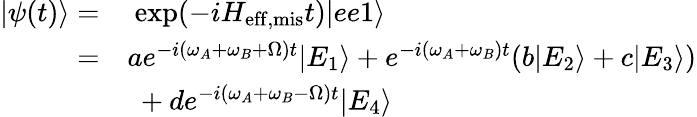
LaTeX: \begin{array}{rl}{|\psi(t)\rangle=}&{~\mathrm{exp}(-iH_{\mathrm{eff,mis}}t)|ee1\rangle}\\ {=}&{ae^{-i(\omega_{A}+\omega_{B}+\Omega)t}|E_{1}\rangle+e^{-i(\omega_{A}+\omega_{B})t}(b|E_{2}\rangle+c|E_{3}\rangle)}\\ &{~+de^{-i(\omega_{A}+\omega_{B}-\Omega)t}|E_{4}\rangle}\end{array}